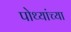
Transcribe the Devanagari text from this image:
पोथ्यांच्या